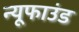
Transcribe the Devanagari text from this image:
न्यूफाउंड